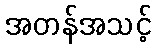
အတန်အသင့်